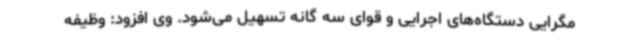
مگرایی دستگاه‌های اجرایی و قوای سه گانه تسهیل می‌شود. وی افزود: وظیفه